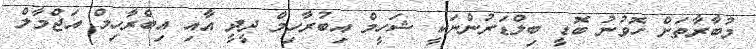
މުބާރާތަށް ހޮވުނު ބޮޑީ ބިލްޑަރުންނަކީ ޝަހީމް އިބުރާހިމް ދީދީ އާއި އިބްރާހިމް އަޖްމާލް